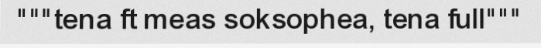
"""tena ft meas soksophea, tena full"""